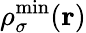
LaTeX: \rho_{\sigma}^{\mathrm{min}}({\mathbf r})